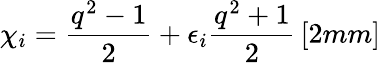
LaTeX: \chi_{i}=\frac{q^{2}-1}{2}+\epsilon_{i}\frac{q^{2}+1}{2}\, [2mm]